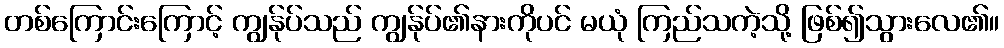
တစ်ကြောင်းကြောင့် ကျွန်ုပ်သည် ကျွန်ုပ်၏နားကိုပင် မယုံ ကြည်သကဲ့သို့ ဖြစ်၍သွားလေ၏။